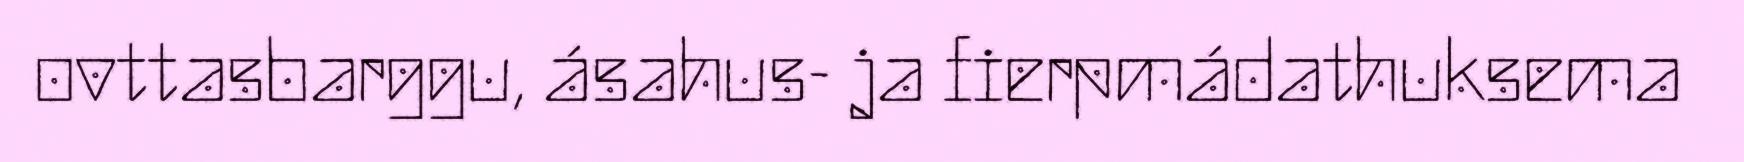
ovttasbarggu, ásahus- ja fierpmádathuksema